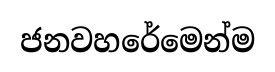
ජනවහරේමෙන්ම